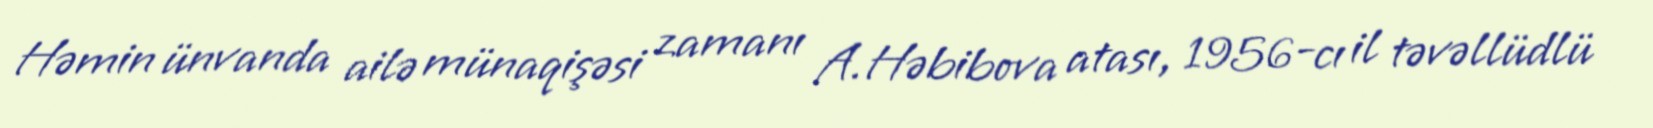
Həmin ünvanda ailə münaqişəsi zamanı A.Həbibova atası, 1956-cı il təvəllüdlü